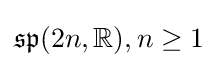
{\mathfrak {sp}}(2n,\mathbb {R} ),n\geq 1